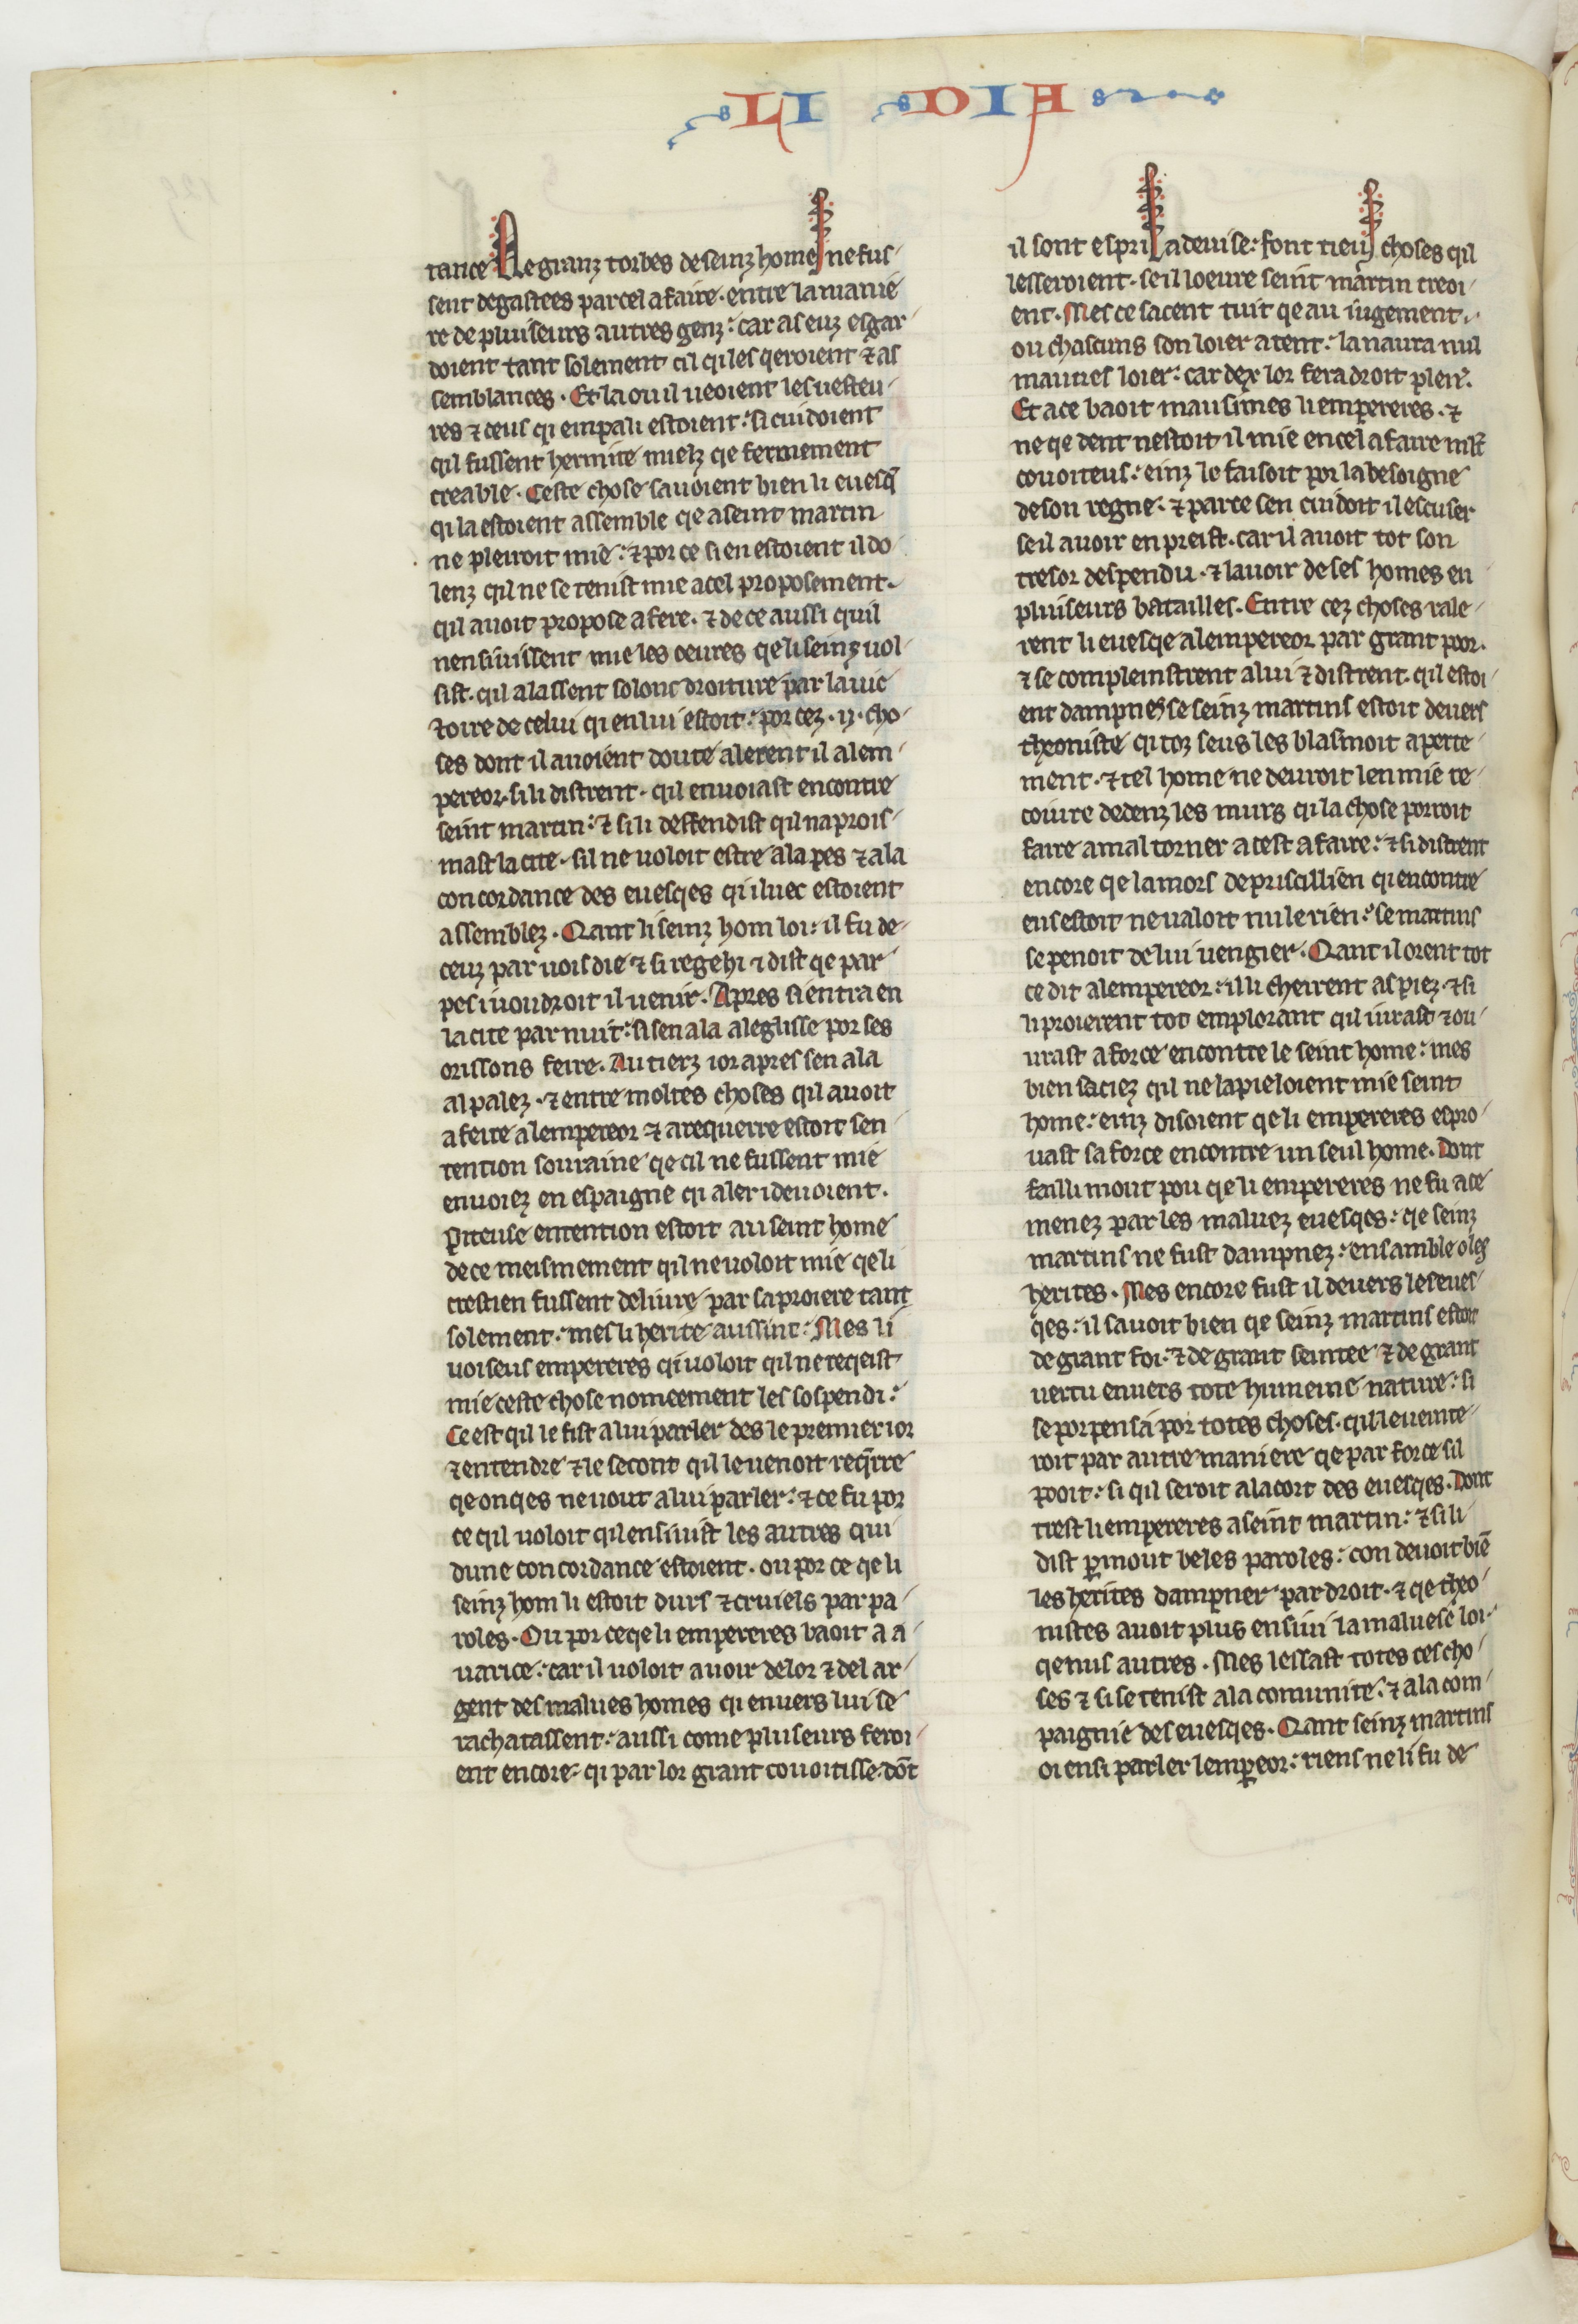
Shelfmark: Paris, BnF, fr. 412
Century: 13